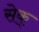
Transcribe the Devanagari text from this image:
सेक्